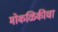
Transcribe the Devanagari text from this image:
मोकळिकीचा